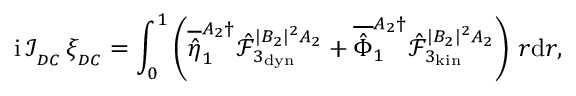
\mathrm { i } \, \mathcal { I } _ { _ { D C } } \, \xi _ { _ { D C } } = \int _ { 0 } ^ { 1 } \left( \overline { { \hat { \eta } } } _ { 1 } ^ { A _ { 2 } \dagger } \hat { \mathcal { F } } _ { 3 _ { \mathrm { d y n } } } ^ { | B _ { 2 } | ^ { 2 } A _ { 2 } } + \overline { { \hat { \Phi } } } _ { 1 } ^ { A _ { 2 } \dagger } \hat { \mathcal { F } } _ { 3 _ { \mathrm { k i n } } } ^ { | B _ { 2 } | ^ { 2 } A _ { 2 } } \right) \, r \mathrm { d } r ,